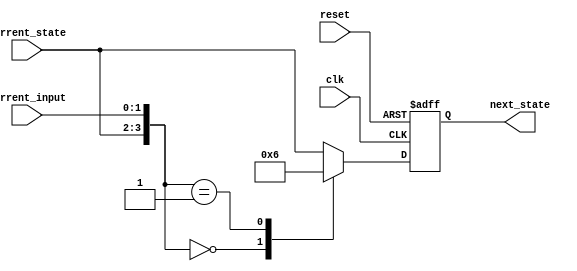
module TwoDimensionalFSM (
    input clk,
    input reset,
    input [1:0] current_state,
    input [1:0] current_input,
    output reg [1:0] next_state
);

// State transition definition based on state diagram
always @(posedge clk or posedge reset) begin
    if (reset) begin
        next_state <= 2'b00; // Initial state
    end else begin
        case({current_state, current_input})
            2'b00_00: next_state <= 2'b01; // Transition based on input and state
            2'b00_01: next_state <= 2'b10;
            2'b01_00: next_state <= 2'b10;
            2'b01_01: next_state <= 2'b00;
            // Add more transitions based on the state diagram
            default: next_state <= current_state;
        endcase
    end
end

endmodule